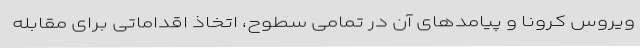
ویروس کرونا و پیامدهای آن در تمامی سطوح، اتخاذ اقداماتی برای مقابله